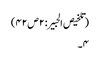
(تلخیص الحبیر: ۲ص۴۲)
۴۔